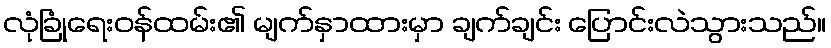
လုံခြုံရေးဝန်ထမ်း၏ မျက်နှာထားမှာ ချက်ချင်း ပြောင်းလဲသွားသည်။